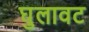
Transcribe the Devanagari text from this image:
घुलावट